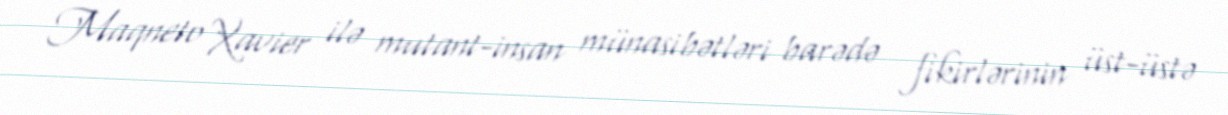
Maqneto Xavier ilə mutant-insan münasibətləri barədə fikirlərinin üst-üstə